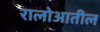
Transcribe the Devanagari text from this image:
रालोआतील